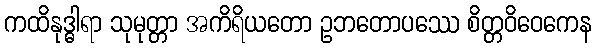
ကထိနုဒ္ဓါရာ သုမုတ္တာ အကိရိယတော ဥဘတောပဿေ စိတ္တဝိဝေကေန